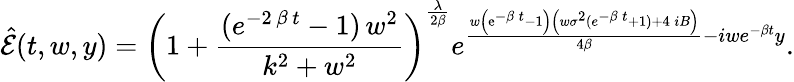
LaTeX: \hat{\mathcal E}(t,w,y)=\left(1+\frac{({e}^{-2\, \beta\, t}-1)\, {w}^{2}}{{k}^{2}+{w}^{2}}\right)^{\frac{\lambda}{2\beta}}{{e}^{{\frac{w\left({\mathrm{e}^{-\beta\, t}}-1\right)\left(w{\sigma}^{2}({{e}^{-\beta\, t}}+1)+4\, iB\right)}{4\beta}}-iwe^{-\beta t}y}}.